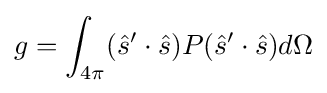
g=\int _{4\pi }({\hat {s}}'\cdot {\hat {s}})P({\hat {s}}'\cdot {\hat {s}})d\Omega